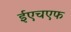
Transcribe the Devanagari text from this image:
ईएचएफ